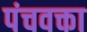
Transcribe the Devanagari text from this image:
पंचवक्ता